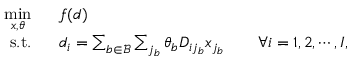
\begin{array} { r l } { \underset { x , \theta } { \operatorname* { m i n } } \ \ } & { { } f ( d ) } \\ { \mathrm { s . t . } \ \ } & { { } d _ { i } = \sum _ { b \in \mathcal { B } } \sum _ { j _ { b } } \theta _ { b } D _ { i j _ { b } } x _ { j _ { b } } \quad \quad \forall i = 1 , 2 , \cdots , I , } \end{array}